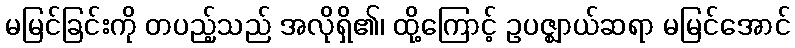
မမြင်ခြင်းကို တပည့်သည် အလိုရှိ၏၊ ထို့ကြောင့် ဥပဇ္ဈာယ်ဆရာ မမြင်အောင်